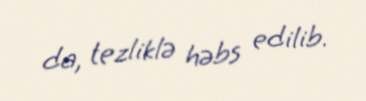
da, tezliklə həbs edilib.